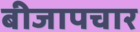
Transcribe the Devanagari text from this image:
बीजापचार